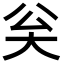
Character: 𡗳